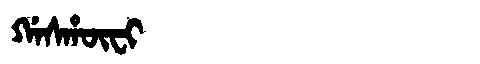
Manchu: ᡤᠠᠰᡥᡡᠸᡳ
Romanization: GASHŪFI